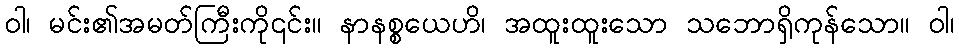
ဝါ၊ မင်း၏အမတ်ကြီးကို၎င်း။ နာနစ္စယေဟိ၊ အထူးထူးသော သဘောရှိကုန်သော။ ဝါ၊